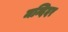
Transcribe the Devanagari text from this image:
मन्दिदर